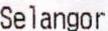
SELANGOR